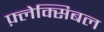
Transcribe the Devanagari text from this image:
फ़्लेक्सिबल